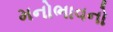
મનોભાવનો